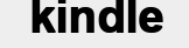
kindle